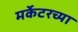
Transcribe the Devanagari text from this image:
मर्केटरच्या